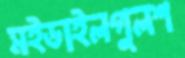
মইডাইলগুলশ